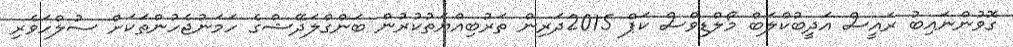
ގޮވުންނައިބު ރައީސް އަދީބުކްލަބް މޯލްޑިވްސް ކަޕް 2015ދަރިން ތަރުބިއްޔަތުކުރުން ބަންގްލަދޭޝްގެ ހަމަނުޖެހުންތަކަށް ސުލްހަވެރި